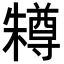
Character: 𣞊